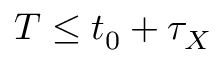
T \leq t _ { 0 } + \tau _ { X }